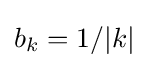
b_{k}=1/\vert k\vert